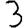
Digit: 3